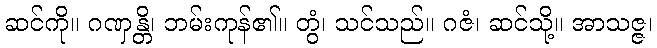
ဆင်ကို။ ဂဏှန္တိ၊ ဘမ်းကုန်၏။ တွံ၊ သင်သည်။ ဂဇံ၊ ဆင်သို့။ အာသဇ္ဇ၊